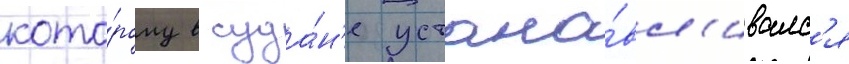
кото́рому в суда́н'е устана́вл'ивалс'я